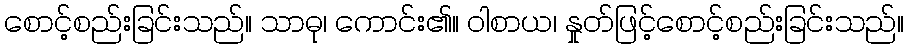
စောင့်စည်းခြင်းသည်။ သာဓု၊ ကောင်း၏။ ဝါစာယ၊ နှုတ်ဖြင့်စောင့်စည်းခြင်းသည်။